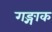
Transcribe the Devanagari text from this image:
गङ्गाक